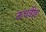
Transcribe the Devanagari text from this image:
ऊचडीह